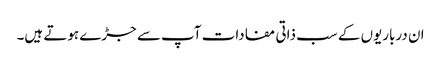
ان درباریوں کے سب ذاتی مفادات آپ سے جڑے ہوتے ہیں۔